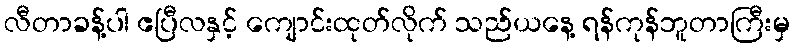
လီတာခန့်ပါ ဧပြီလနှင့် ကျောင်းထုတ်လိုက် သည်ယနေ့ ရန်ကုန်ဘူတာကြီးမှ